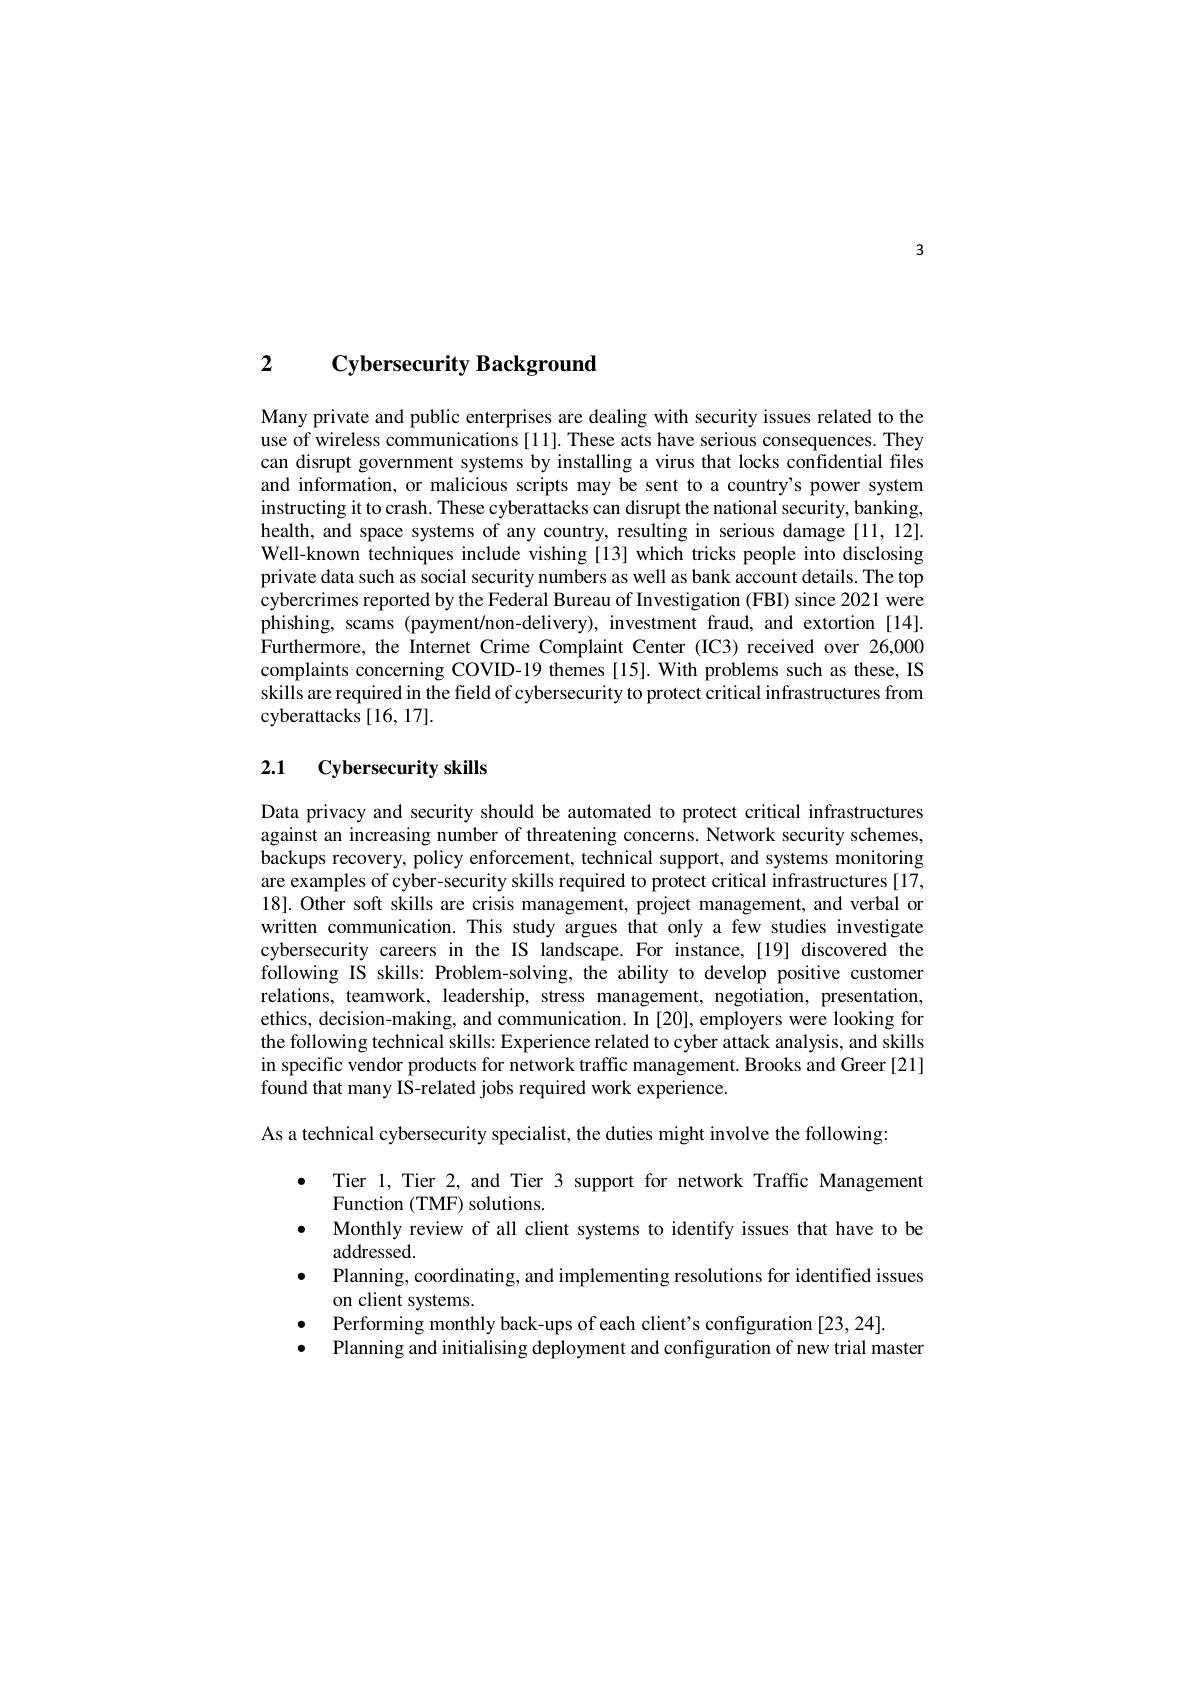
3

2 Cybersecurity Background

Many private and public ente use of wireless communications [11]. These acts have serious consequences. They can disrupt government syste and information, or malicious scripts may be sent to a country's power system instructing it to crash. The health, and space systems of any country, resulting in serious damage[11,12]. Well-known techniques include vishing [13] which tricks people into disclosing private data such as social cybercrimes reported by the Federal Bureau of Investigation (FBI) since 2021 were phishing, scams (payment/non-delivery), investment fraud, and extortion [14]. Furthermore, the Internet Cr complaints concerning COVID-19 themes [15]. With problems such as these, IS skills are required in the field of cybersecurity to protect critical infrastructures from cyberattacks [16, 17].

# 2.1 Cybersecurity skills

Data privacy and security should be automated to protect critical infrastructures against an increasing number of threatening concerns. Network security schemes, backups recovery, policy enforcement, technical support, and systems monitoring are examples of cyber-security skills required to protect critical infrastructures [17, 18]. Other soft skills are crisis management, project management, and verbal or written communication. This study argues that only a few studies investigate cybersecurity careers in the IS landscape. For instance,[19] discovered the following IS skills: Problem relations, teamwork, leadership, stress management, negotiation, presentation, ethics, decision-making, and the following technical skills: Experience related to cyber attack analysis, and skills in specific vendor products found that many IS-related jobs required work experience.
As a technical cybersecurity
$\begin{array}{lll}\bullet&\mathrm{Tier~1,~Tier~2,~and~Tier~3~support~for}\end{array}$
addressed.
$\bullet$ Planning, coordinating,
on client systems.
$\bullet$ Performing monthly back-
$\bullet$ Planning and initialising deployment and configuration of new trial master